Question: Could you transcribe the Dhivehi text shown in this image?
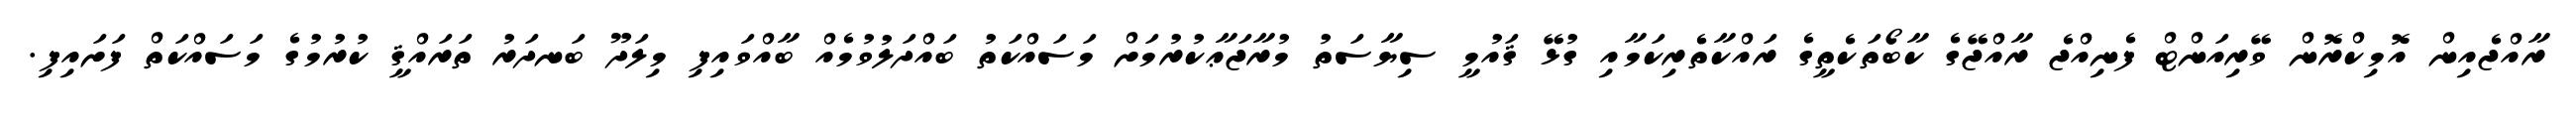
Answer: ރާއްޖެއިން އޮމިކްރޮން ވޭރިއަންޓް ފެނިއްޖެ ރާއްޖޭގެ ކާބޯތަކެތީގެ ރައްކާތެރިކަމާއި ގުޅޭ ޤައުމީ ސިޔާސަތު މުރާޖަޢާކުރުމަށް މަސައްކަތު ބައްދަލުވުމެއް ބާއްވައިފި މިލަދޫ ބަނދަރު ތަރައްޤީ ކުރުމުގެ މަސައްކަތް ފަށައިފި.